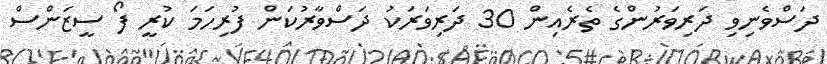
ދަސްވެނިވި ދަރިވަރުންގެ ތެރެއިން 30 ދަރިވަރަކު ދަސްވާރުކަން ފުރިހަމަ ކުރީ ފޯ ސީޒަންސް